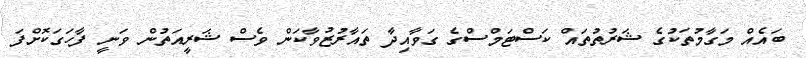
ބައެއް މަގާމުތަކުގެ ޝަރުތުތައް ކަސްޓަމްސްގެ ގަވާއިދާ ތައާރުޒުވާކަން ވެސް ޝަރީއަތުން ވަނީ ފާހަގަކޮށްފަ